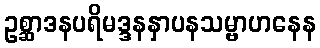
ဥစ္ဆာဒနပရိမဒ္ဒနနှာပနသမ္ဗာဟနေန